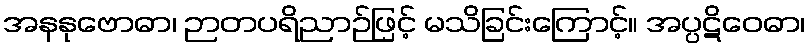
အနနုဗောဓာ၊ ဉာတပရိညာဉ်ဖြင့် မသိခြင်းကြောင့်။ အပ္ပဋိဝေဓာ၊